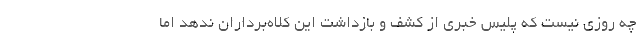
چه روزی نیست که پلیس خبری از کشف و بازداشت این کلاه‌برداران ندهد اما